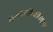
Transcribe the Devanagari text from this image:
शक्यमत्राभिवीक्षितुम्॥